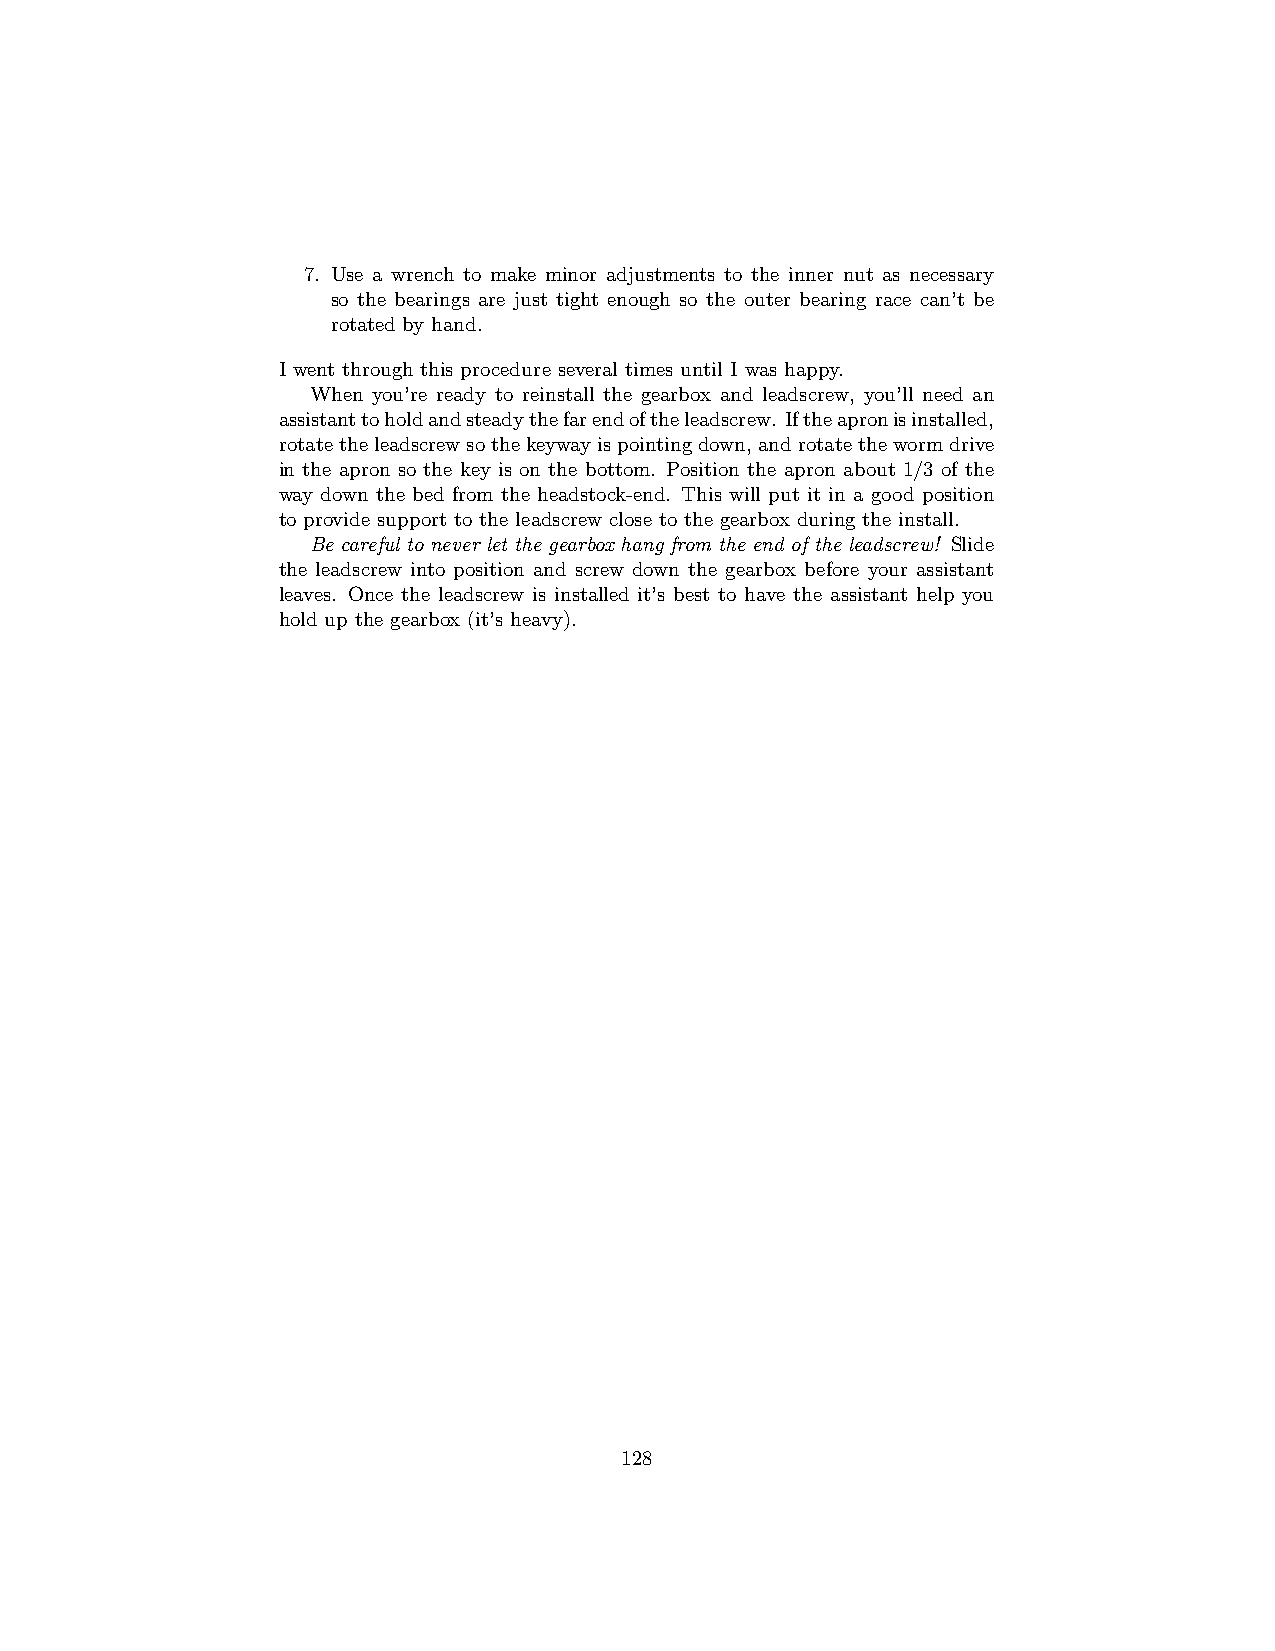
7. Use a wrench to make minor adjustments to the inner nut as necessary
 so the bearings are just tight enough so the outer bearing race can’t be
 rotated by hand.
 I went through this procedure several times until I was happy.
 When you’re ready to reinstall the gearbox and leadscrew, you’ll need an
 assistanttoholdandsteadythefarendoftheleadscrew. Iftheapronisinstalled,
 rotatetheleadscrewsothekeywayispointingdown,androtatethewormdrive
 in the apron so the key is on the bottom. Position the apron about 1/3 of the
 way down the bed from the headstock-end. This will put it in a good position
 to provide support to the leadscrew close to the gearbox during the install.
 Be careful to never let the gearbox hang from the end of the leadscrew! Slide
 the leadscrew into position and screw down the gearbox before your assistant
 leaves. Once the leadscrew is installed it’s best to have the assistant help you
 hold up the gearbox (it’s heavy).
 128